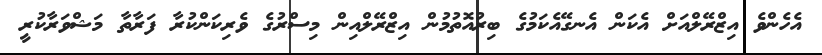
އެހެންވެ އިޒްރޭލްއަށް އެކަން އެނގޭއެކަމުގެ ބިރުއޮތުމުން އިޒްރޭލްއިން މިސްރުގެ ވެރިކަންކުރާ ފަރާތާ މަޝްވަރާކުރީ